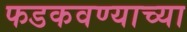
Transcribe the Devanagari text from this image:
फडकवण्याच्या